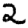
Digit: 2